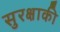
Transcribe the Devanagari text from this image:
सुरक्षाकी